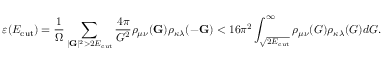
\varepsilon ( E _ { \mathrm { c u t } } ) = \frac { 1 } { \Omega } \sum _ { | \mathbf { G } | ^ { 2 } > 2 E _ { \mathrm { c u t } } } \frac { 4 \pi } { G ^ { 2 } } \rho _ { \mu \nu } ( \mathbf { G } ) \rho _ { \kappa \lambda } ( - \mathbf { G } ) < 1 6 \pi ^ { 2 } \int _ { \sqrt { 2 E _ { \mathrm { c u t } } } } ^ { \infty } \rho _ { \mu \nu } ( G ) \rho _ { \kappa \lambda } ( G ) d G .